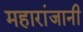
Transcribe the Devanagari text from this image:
महारांजानी